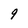
Character: 9